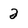
Character: 2